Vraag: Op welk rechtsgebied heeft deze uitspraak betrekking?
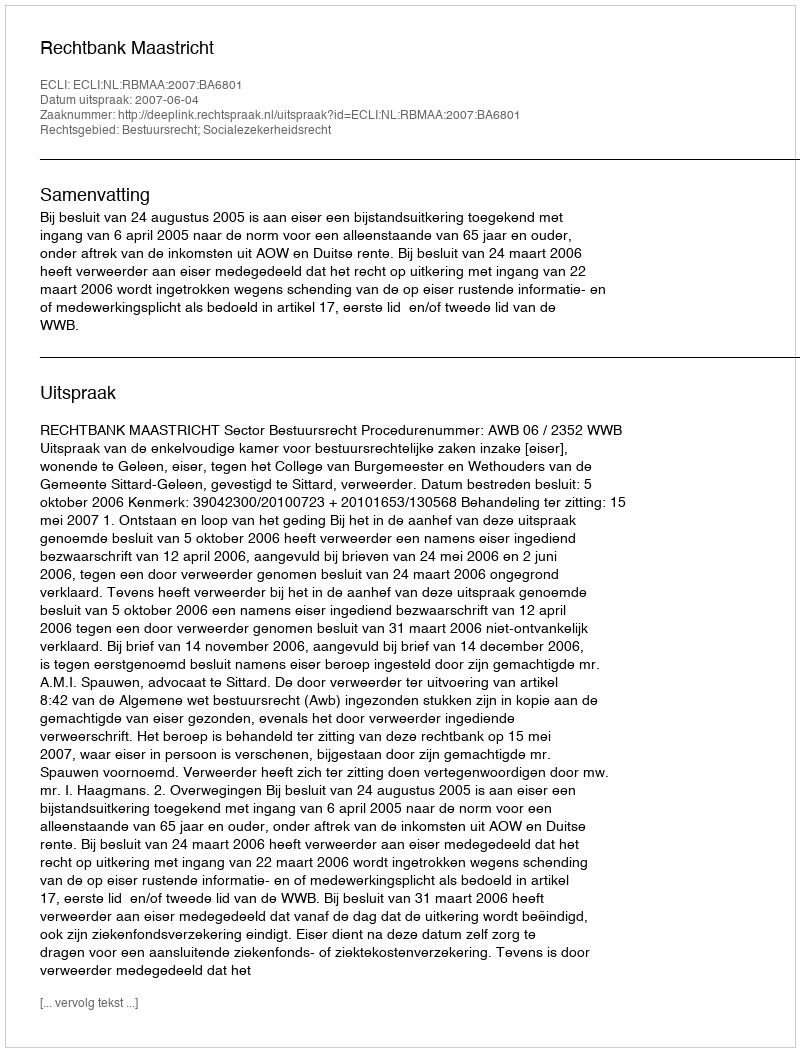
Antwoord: Bestuursrecht; Socialezekerheidsrecht